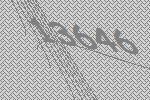
13646